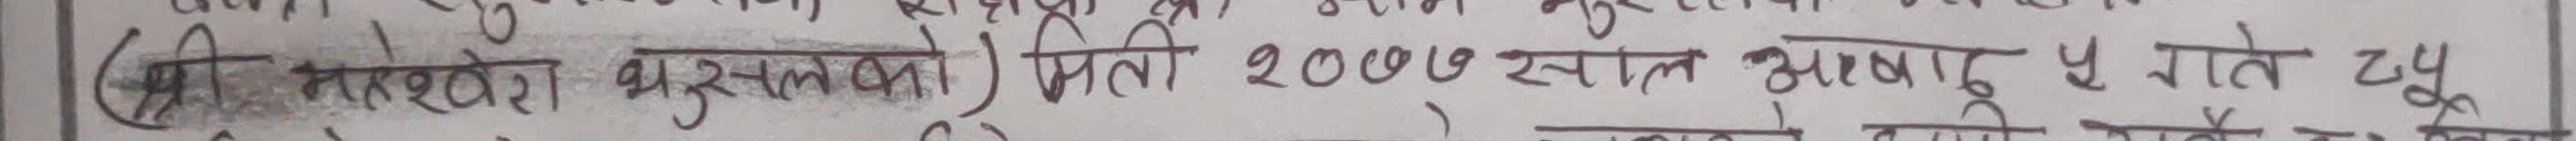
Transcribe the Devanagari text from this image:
(श्री महशको मुसलको) मिती २०७७ साल भाद्र ५ गते बुध